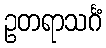
ဥတရာသင်္ဂံ